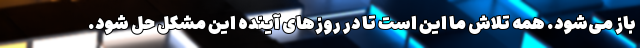
باز می‌‌شود. همه تلاش ما این است تا در روزهای آینده این مشکل حل شود.